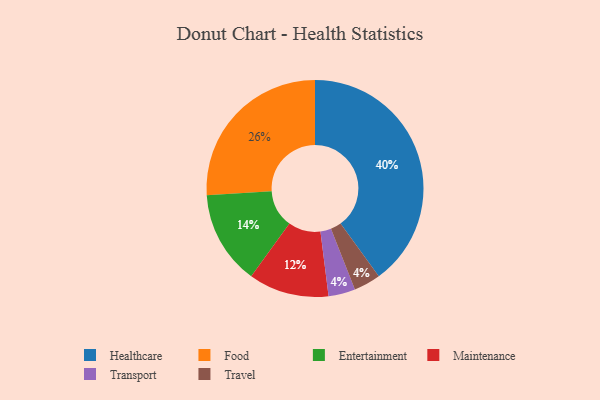
{"axis": {"x": "Category", "y": "Percentage"}, "legend": ["Entertainment", "Food", "Healthcare", "Maintenance", "Transport", "Travel"], "data": [{"x": "Maintenance", "y": 12, "type": "Maintenance"}, {"x": "Entertainment", "y": 14, "type": "Entertainment"}, {"x": "Food", "y": 26, "type": "Food"}, {"x": "Transport", "y": 4, "type": "Transport"}, {"x": "Healthcare", "y": 40, "type": "Healthcare"}, {"x": "Travel", "y": 4, "type": "Travel"}]}